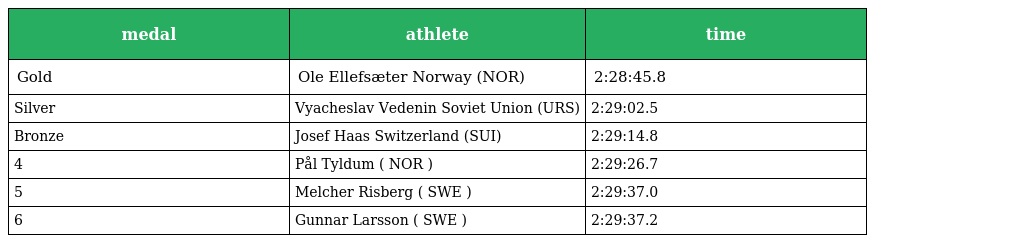
| medal | athlete | time |
 | --- | --- | --- |
 | Gold | Ole Ellefsæter Norway (NOR) | 2:28:45.8 |
 | Silver | Vyacheslav Vedenin Soviet Union (URS) | 2:29:02.5 |
 | Bronze | Josef Haas Switzerland (SUI) | 2:29:14.8 |
 | 4 | Pål Tyldum ( NOR ) | 2:29:26.7 |
 | 5 | Melcher Risberg ( SWE ) | 2:29:37.0 |
 | 6 | Gunnar Larsson ( SWE ) | 2:29:37.2 |